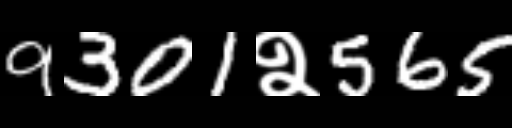
Text: 9301२565